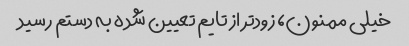
خیلی ممنون، زودتر از تایم تعیین شده به دستم رسید